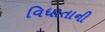
વિધાતાની